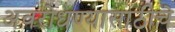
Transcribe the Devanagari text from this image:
अवरोधण्यासाठीचे